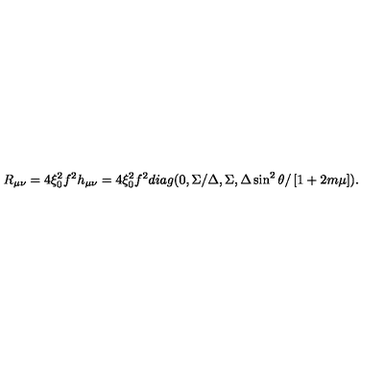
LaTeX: R _ { \mu \nu } = 4 \xi _ { 0 } ^ { 2 } f ^ { 2 } h _ { \mu \nu } = 4 \xi _ { 0 } ^ { 2 } f ^ { 2 } d i a g ( 0 , \Sigma / \Delta , \Sigma , \Delta \sin ^ { 2 } \theta / \left[ 1 + 2 m \mu \right] ) .